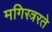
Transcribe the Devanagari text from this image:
मगिस्त्ररते